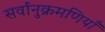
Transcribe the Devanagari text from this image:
सर्वानुक्रमणियाँ